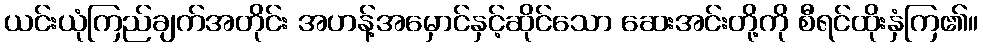
ယင်းယုံကြည်ချက်အတိုင်း အဟန့်အမှောင်နှင့်ဆိုင်သော ဆေးအင်းတို့ကို စီရင်ထိုးနှံကြ၏။